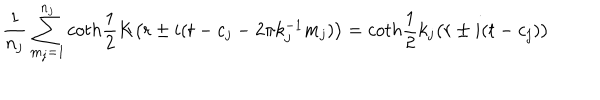
\frac { 1 } { n _ { j } } \sum _ { m _ { j } = 1 } ^ { n _ { j } } c o t h \frac { 1 } { 2 } K \bigl ( r \pm i ( t - c _ { j } - 2 \pi k _ { j } ^ { - 1 } m _ { j } ) \bigr ) = c o t h \frac { 1 } { 2 } k _ { j } \bigl ( r \pm i ( t - c _ { j } ) \bigr )